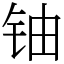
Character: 铀